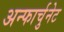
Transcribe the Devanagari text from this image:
अन्फार्चुनेट